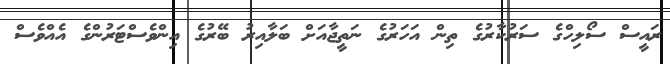
ރައީސް ސޯލިހްގެ ސަރުކާރުގެ ތިން އަހަރުގެ ނަތީޖާއަށް ބަލާއިރު ބޭރުގެ އިންވެސްޓަރުންގެ އެއްވެސް